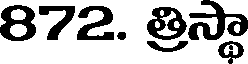
872. త్రిస్థా